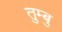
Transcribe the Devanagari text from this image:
तुम्बु